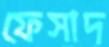
ফেসাদ